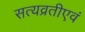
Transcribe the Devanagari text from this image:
सत्यव्रतीएवं